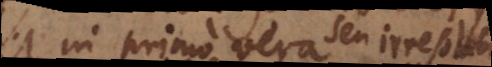
in primo vera seu irresolubilia